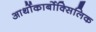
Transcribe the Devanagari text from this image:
आर्थोकार्बोक्सिलिक